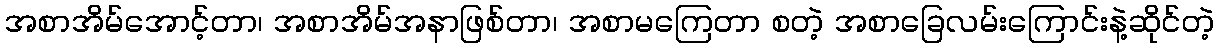
အစာအိမ်အောင့်တာ၊ အစာအိမ်အနာဖြစ်တာ၊ အစာမကြေတာ စတဲ့ အစာခြေလမ်းကြောင်းနဲ့ဆိုင်တဲ့